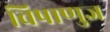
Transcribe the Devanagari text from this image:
विषाणुज्ञ